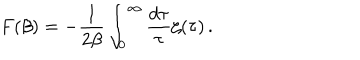
{ } F ( \beta ) = - { \frac { 1 } { 2 \beta } } \int _ { 0 } ^ { \infty } { \frac { d \tau } { \tau } } \zeta ( \tau ) \, .